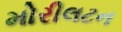
મોરીલટન